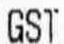
GST